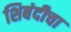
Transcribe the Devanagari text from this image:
शिबंदीचा